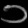
Digit: ၁